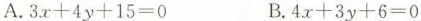
A.$$3 x + 4 y + 1 5 = 0$$ B.$$4 x + 3 y + 6 = 0$$